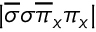
| \overline { { \sigma } } \sigma \overline { { \pi } } _ { x } \pi _ { x } |